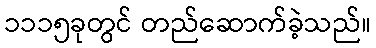
၁၁၁၅ခုတွင် တည်ဆောက်ခဲ့သည်။